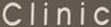
CIinic